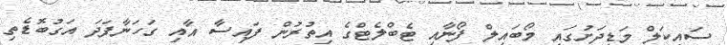
ސައިކަލް މަޑިދަށުގައި މޯބައިލް ފޯނާއި ޓެބްލެޓްގެ އިތުރުން ފައިސާ އާއި ގަހަނާފަދަ އަގުބޮޑެތި